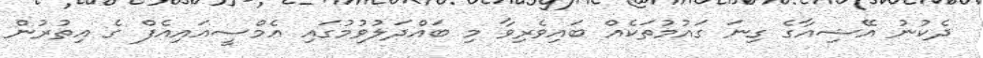
ދެކުނު އޭޝިއާގެ ގިނަ ގައުމުތަކެއް ބައިވެރިވާ މި ބައްދަލުވުމުގައި އެމްސީއައިއެފް ގެ އިތުރުން